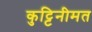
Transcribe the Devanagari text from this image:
कुट्टिनीमत